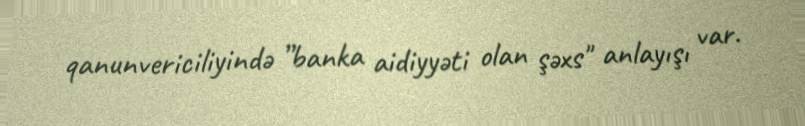
qanunvericiliyində ”banka aidiyyəti olan şəxs" anlayışı var.